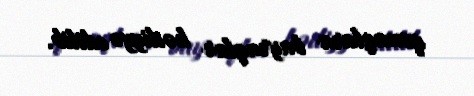
qonaqlara bayraqlar hədiyyə edilib.